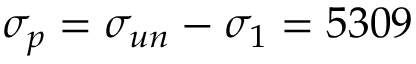
\sigma _ { p } = \sigma _ { u n } - \sigma _ { 1 } = 5 3 0 9